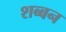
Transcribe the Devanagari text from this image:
शब्बन